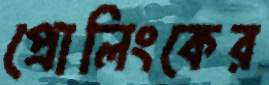
প্রোলিংকের